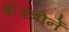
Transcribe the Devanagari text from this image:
शेरबोर्ने